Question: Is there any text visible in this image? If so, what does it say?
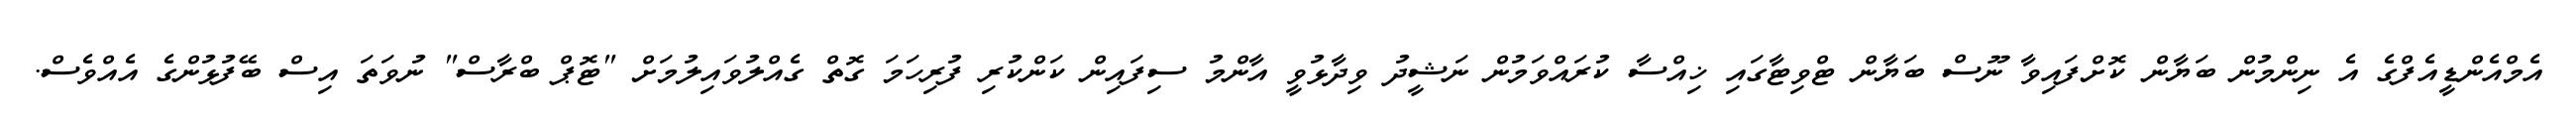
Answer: އެމްއެންޑީއެފްގެ އެ ނިންމުން ބަޔާން ކޮށްފައިވާ ނޫސް ބަޔާން ޓްވިޓާގައި ޚިއްސާ ކުރައްވަމުން ނަޝީދު ވިދާޅުވީ އާންމު ސިފައިން ކަންކުރި ފުރިހަމަ ގޮތް ގެއްލުވައިލުމަށް "ޓޮޕް ބްރާސް" ނުވަތަ އިސް ބޭފުޅުންގެ އެއްވެސް.